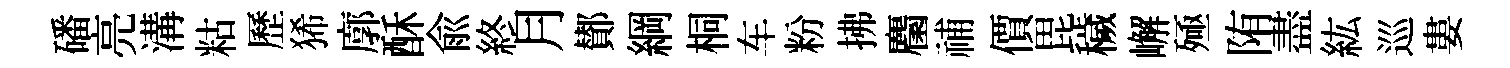
磻亮溝䊀歷狶廓酥俞終月鄼綱桐车粉拂麕𥙷價毘穢嶰殛陏盡紘巡婁